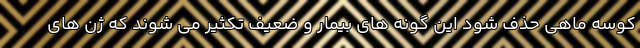
کوسه ماهی حذف شود این گونه های بیمار و ضعیف تکثیر می شوند که ژن های